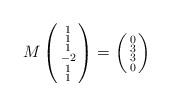
LaTeX: \begin{align*} M \left(\begin{smallmatrix} 1 \\ 1 \\ 1 \\ -2 \\ 1 \\ 1 \end{smallmatrix}\right) = \left(\begin{smallmatrix} 0 \\ 3 \\ 3 \\ 0 \end{smallmatrix}\right)\end{align*}